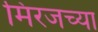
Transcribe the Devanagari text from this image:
मिरजच्या